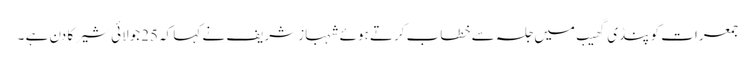
جمعرات کو پنڈی گھیب میں جلسہ سے خطاب کرتے ہوئے شہباز شریف نے کہا کہ25جولائی شیر کا دن ہے ۔